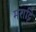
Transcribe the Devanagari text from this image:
मराट्टि